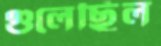
গুলেছিল